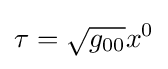
\tau ={\sqrt {g_{00}}}x^{0}